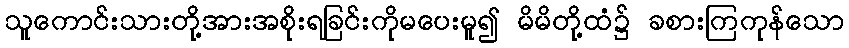
သူကောင်းသားတို့အားအစိုးရခြင်းကိုမပေးမူ၍ မိမိတို့ထံ၌ ခစားကြကုန်သော